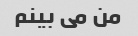
من می بینم